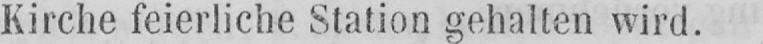
Kirche feierliche Station gehalten wird.